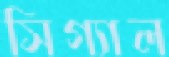
সিগ্যাল